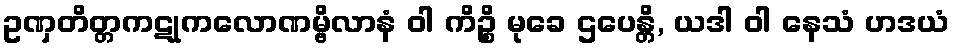
ဥဏှတိတ္တကဋုကလောဏမ္ဗိလာနံ ဝါ ကိဉ္စိ မုခေ ဌပေန္တိ, ယဒါ ဝါ နေသံ ဟဒယံ